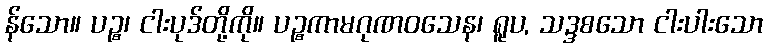
န်သော။ ပဉ္စ၊ ငါးပုဒ်တို့ကို။ ပဉ္စကာမဂုဏဝသေန၊ ရူပ, သဒ္ဒစသော ငါးပါးသော